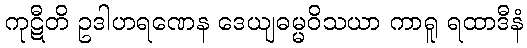
ကုဋီတိ ဥဒါဟရဏေန ဒေယျဓမ္မဝိသယာ ကာရူ ရထာဒီနံ